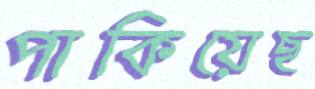
পাকিয়েছ